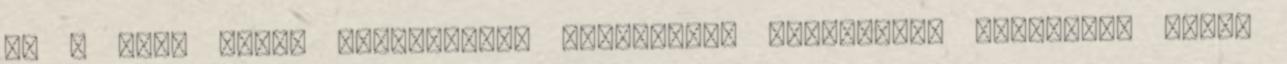
Ha a Csak Wi-Fi kapcsolaton beállítást választja, kizárólag Wi-Fi